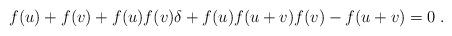
LaTeX: \begin{align*} &f(u)+f(v)+f(u)f(v)\delta + f(u)f(u+v)f(v)-f(u+v)=0 \;.\end{align*}